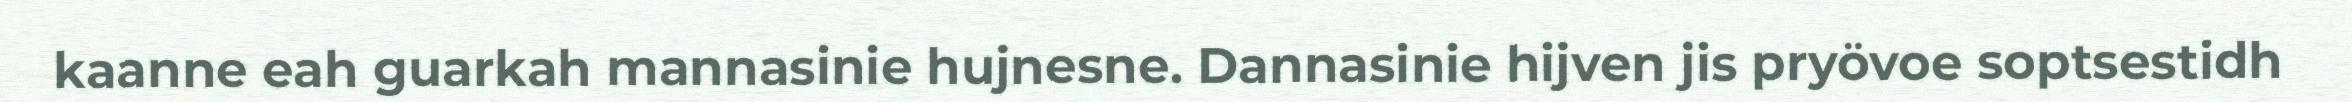
kaanne eah guarkah mannasinie hujnesne. Dannasinie hijven jis pryövoe soptsestidh